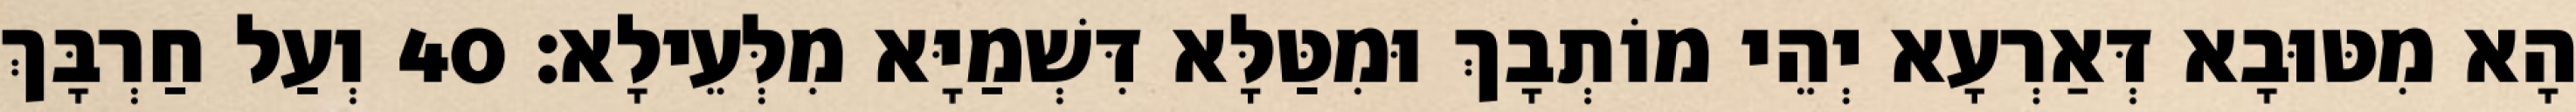
הָא מִטּוּבָא דְּאַרְעָא יְהֵי מוֹתְבָךְ וּמִטַּלָּא דִּשְׁמַיָּא מִלְּעֵילָא׃ 40 וְעַל חַרְבָּךְ